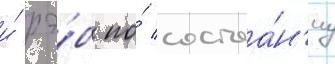
и́ рэ́б по́ состоа́н'иу